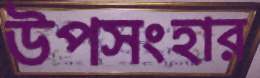
উপসংহার